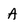
Character: A